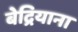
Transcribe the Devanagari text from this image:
बेद्रियाना